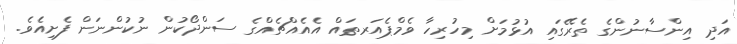
އަދި އިންސާނުންގެ ތެރޭގައި އުޅުމަށް މިހުރިހާ ވެމްޕެއަރތައް އެއެއްޗެއްގެ ސަންދޯކުން ނުކުންނަން ފެށިއެވެ.